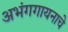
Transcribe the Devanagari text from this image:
अभंगगायनाचे